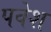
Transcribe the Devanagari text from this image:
पवेश